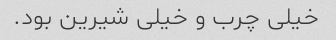
خیلی چرب و خیلی شیرین بود.